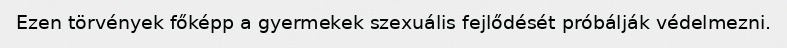
Ezen törvények főképp a gyermekek szexuális fejlődését próbálják védelmezni.